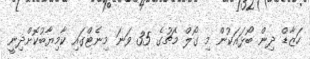
ހަޒާޑް ދިން ބޯޅައަކުން މި ގޯލް މެޗުގެ 35 ވަނަ މިނެޓްގައި ކާމިޔާބުކޮށްދިނީ